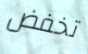
تخفض